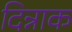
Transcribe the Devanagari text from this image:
दिन्नाक